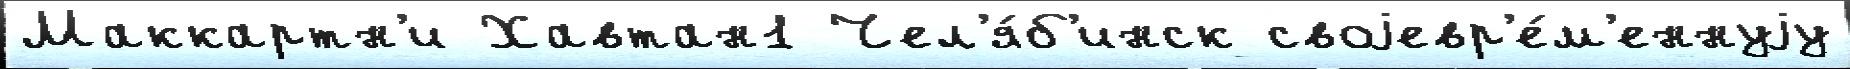
Маккартн'и Хавтан1 Чел'я́б'инск своjевр'е́м'еннуjу